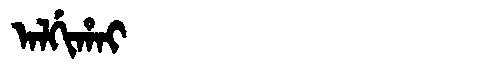
Manchu: ᠠᠯᡤᡳᡥᠠᡳ
Romanization: ALGIHAI